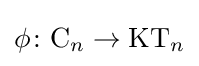
\phi \colon \mathrm {C} _{n}\to \mathrm {KT} _{n}